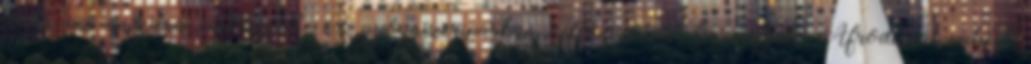
illata az ánizséra emlékeztet. A gyógyszeriparban ízfokozóként használják. Afrodiziákumként